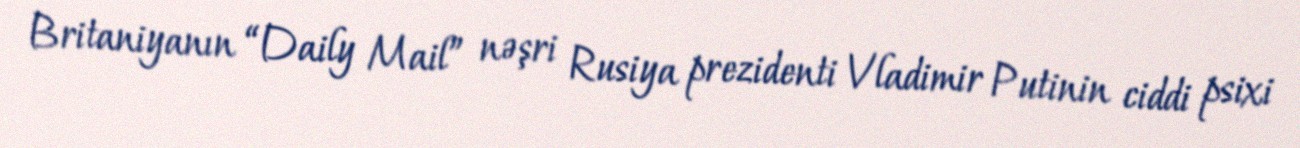
Britaniyanın “Daily Mail” nəşri Rusiya prezidenti Vladimir Putinin ciddi psixi